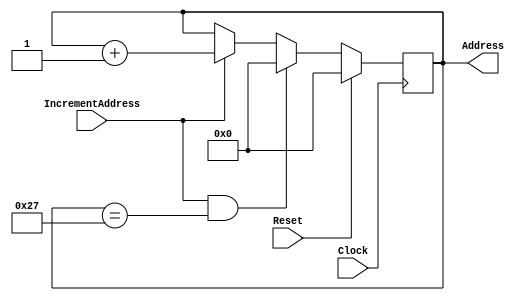
`timescale 1ns / 1ps
//////////////////////////////////////////////////////////////////////////////////
// Company:  Rose-Hulman Institute of Technology
// Summary:  Controls the address that the system is using in the RAM.
//////////////////////////////////////////////////////////////////////////////////
module AddressManager(Clock, IncrementAddress, Reset, Address);
	input Clock, IncrementAddress, Reset;
	output reg [5:0] Address;

	initial Address = 6'b0;
	always@(posedge Clock)
		if (Reset == 1) Address <= 6'b0;
		else if (IncrementAddress == 1 & Address == 39) Address <= 0;
		else if (IncrementAddress == 1) Address <= Address + 1;
endmodule